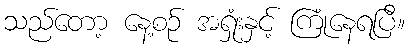
သည်တော့ နေ့စဉ် အရှုံးနှင့် ကြုံနေရပြီ။